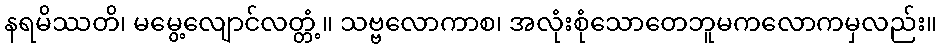
နရမိဿတိ၊ မမွေ့လျောင်လတ္တံ့။ သဗ္ဗလောကာစ၊ အလုံးစုံသောတေဘူမကလောကမှလည်း။